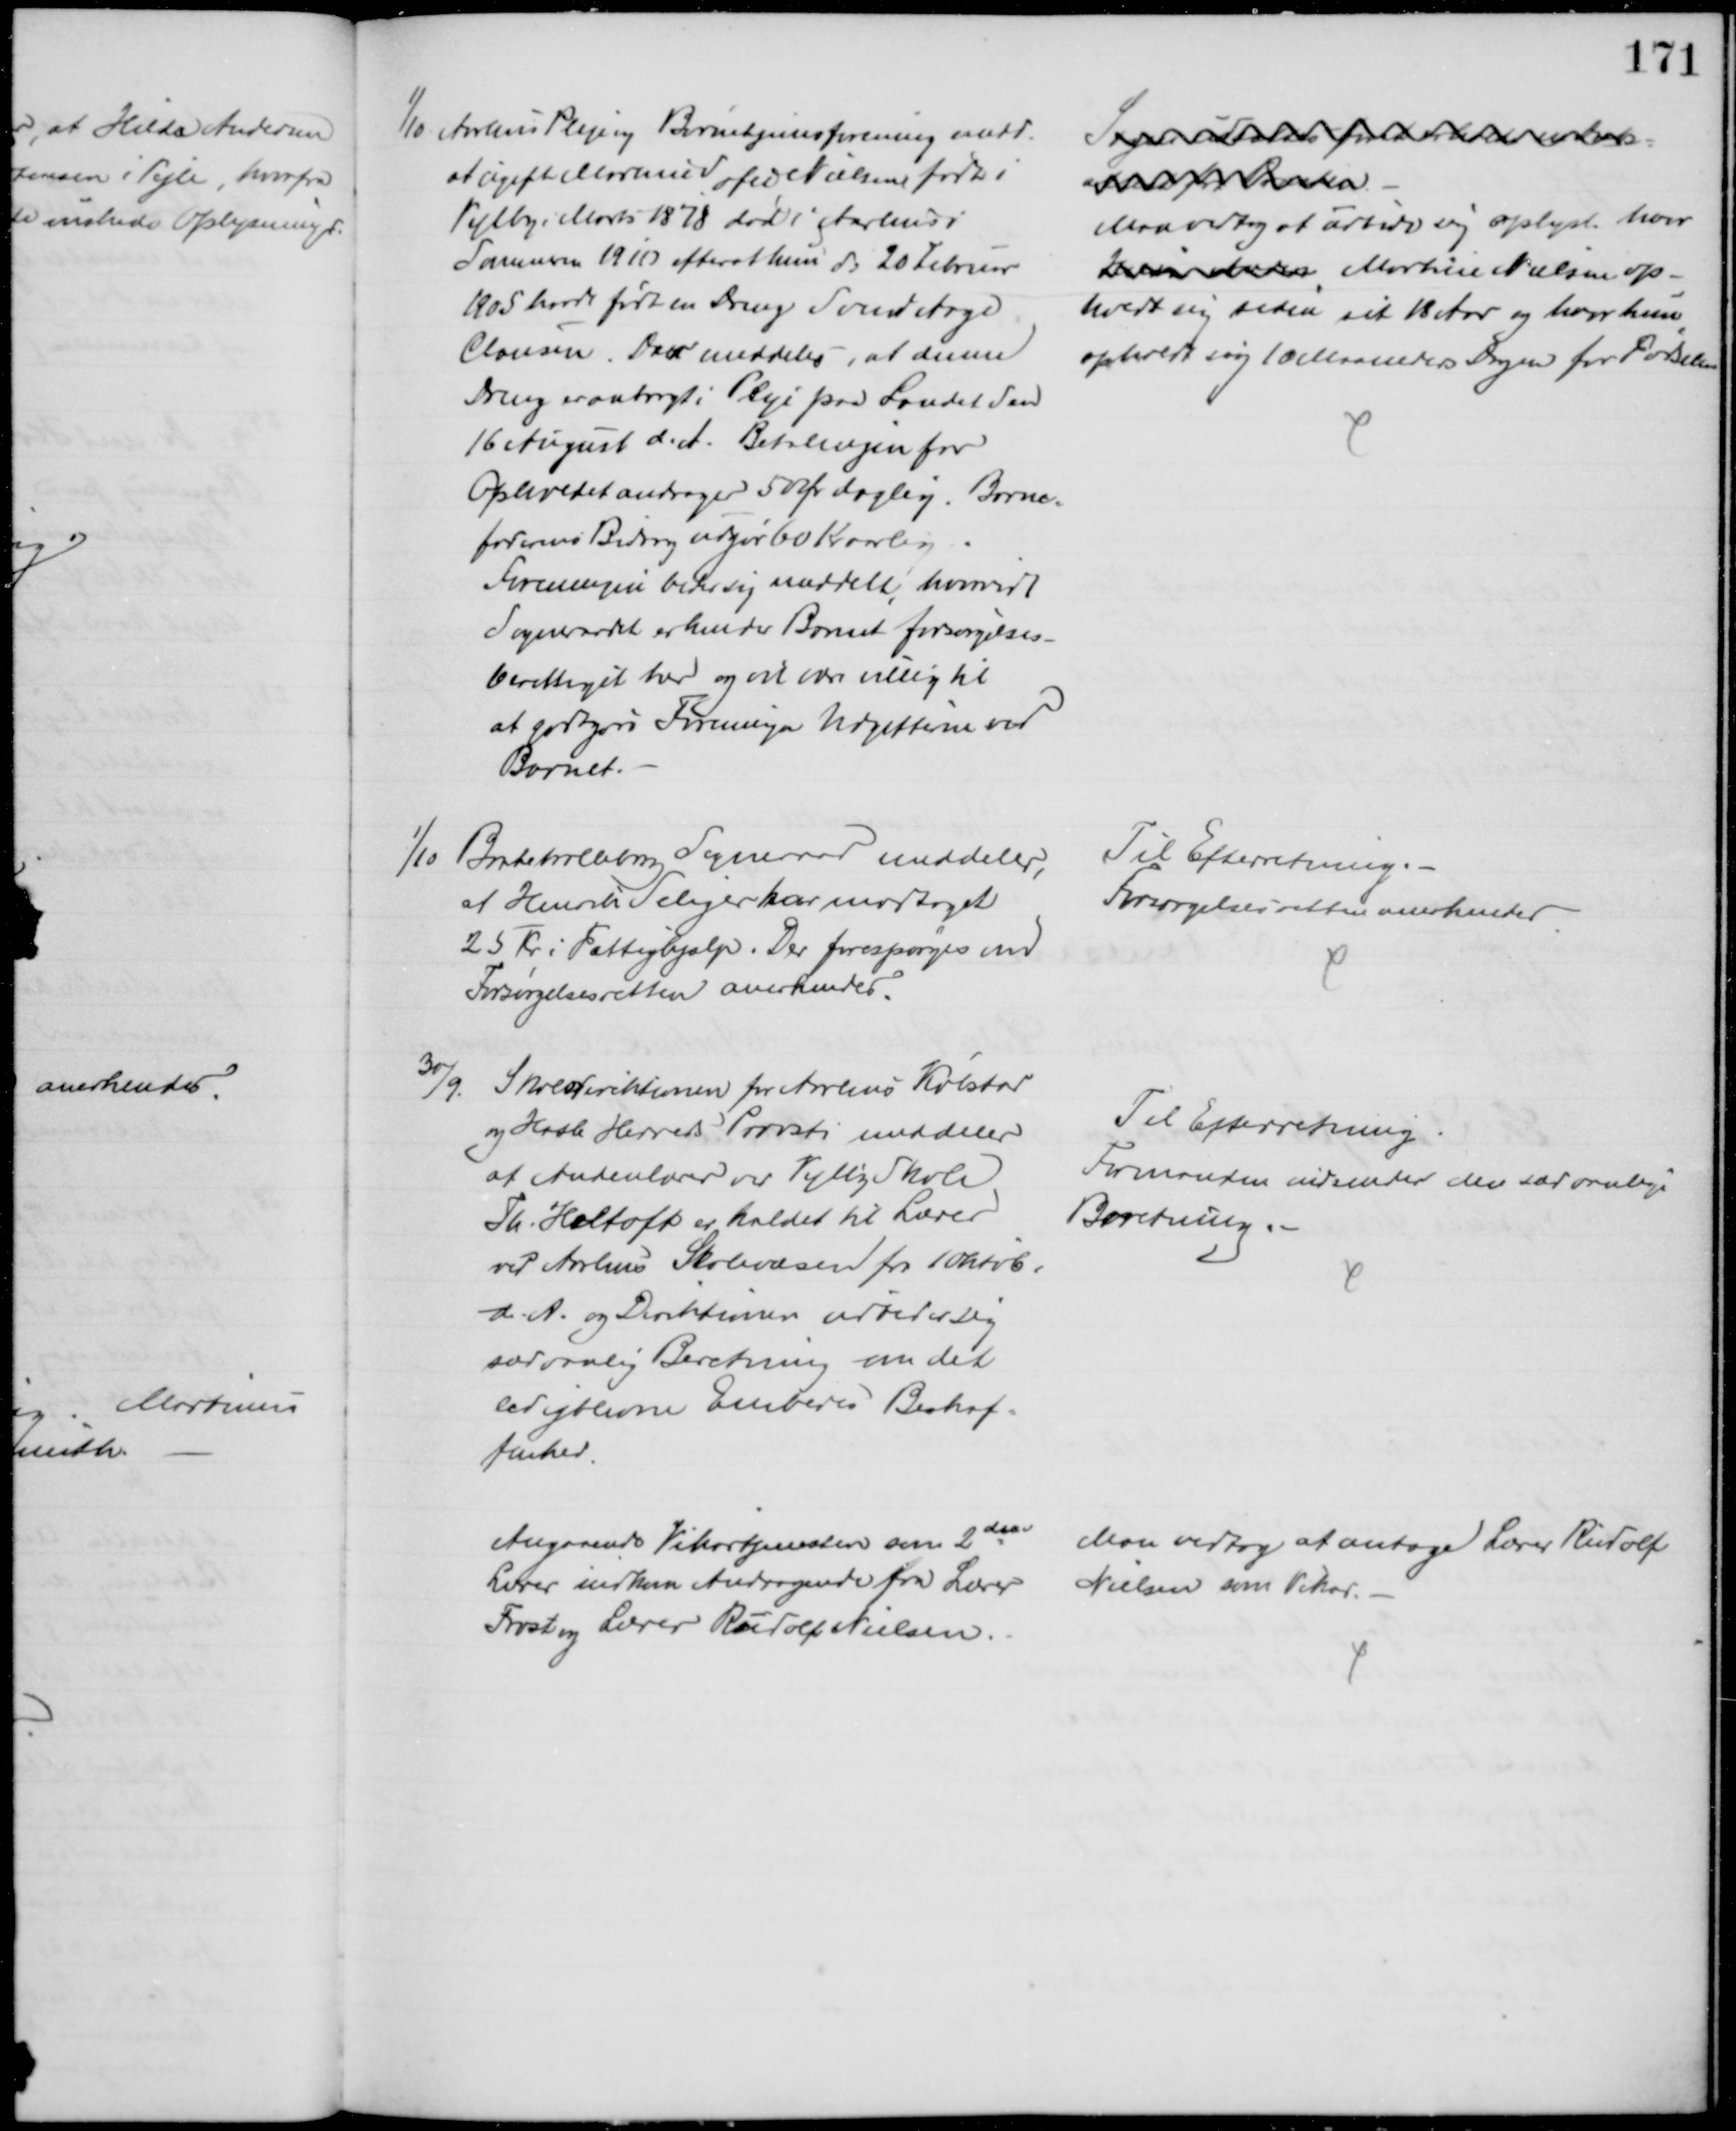
Transskription:
1/10 Aarhus Pleje og Børnehjemsforening medd.
at ugift Martine Sofie Nielsen født i
Vejlby i Marts 1878 død i Aarhus i
Sommeren 1910 efterat hun d: 20 Februar
1905 havde født en Dreng Svend Aage
Clausen. Det meddeles, at denne
Dreng er anbragt i Pleje paa Landet den
16 August d. A. Betalingen for
Opholdet andrager 50 Øre daglig. Børne=
faderens Bidrag udgør 60 Kr aarlig
Foreningen beder sig meddelt, hvorvidt
Sogneraadet erkender Barnet forsørgelses-
berettiget her og vil være villig til
at godtgøre Foreningen Udgifterne ved
Barnet.
Sagen udsættes for at erholde en Daabs=
attest for Barnet
Man vedtog at udbede sig oplyst hvor
Hilda Ander Martine Nielsen op-
holdt sig siden sit 18 Aar og hvor hun
opholdt sig 10 Maaneders Dagen for Fødselen
1/10 Brahetrolleborg Sogneraad meddeler,
af Henrik Seliger har modtaget
25 Kr i Fattighjælp. Der forespørges om
Forsørgelsesretten anerkendes.
Til Efterretning.
Forsørgelsesretten anerkendes
30/9.
Skoledirektionen for Aarhus Købstad
og Hasle Herreds Provsti meddeler
at Andenlærer ved Vejlby Skole
Th. Heltoft er kaldet til Lærer
ved Aarhus Skolevæsen fra 1 Oktob.
d. A. og Direktionen udbeder sig
sædvalig Beretning om det
ledigtblevne Embedes Beskaf=
fenhed
Til Efterretning
Formanden indsender der særvanlige
Beretning.
Angaaende Vikartjenesten som 2 den
Lærer indkom Andragende fra Lærer
Frost og Lærer Rudolf Nielsen.
Man vedtog at antage Lærer Rudolf
Nielsen som Vikar.